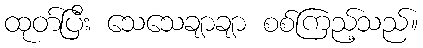
ထုတ်ပြီး သေသေချာချာ စစ်ကြည့်သည်။